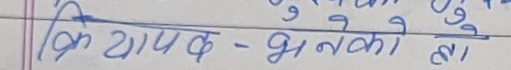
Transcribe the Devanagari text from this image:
क्रियापद - भनको हो